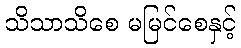
သိသာသိစေ မမြင်စေနှင့်